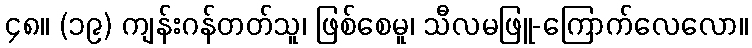
၄၈။ (၁၉) ကျန်းဂန်တတ်သူ၊ ဖြစ်စေမူ၊ သီလမဖြူ-ကြောက်လေလော။